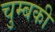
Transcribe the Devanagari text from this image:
चुम्बकी